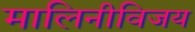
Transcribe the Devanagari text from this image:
मालिनीविजय